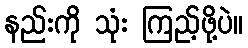
နည်းကို သုံး ကြည့်ဖို့ပဲ။